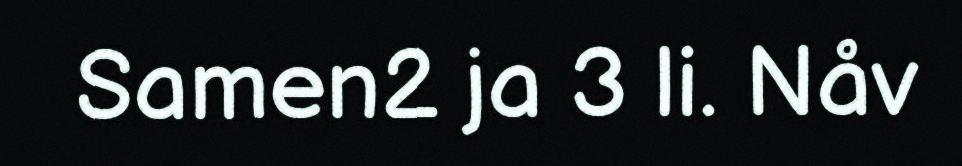
Samen2 ja 3 li. Nåv